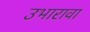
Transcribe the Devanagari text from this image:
उभारावा